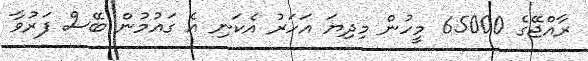
ރާއްޖޭގެ 65000 މީހުން މިދިޔަ އަހަރު އެކަނި އެ ގައުމުން ބޭސް ފަރުވާ